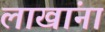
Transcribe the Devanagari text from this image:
लाखांना